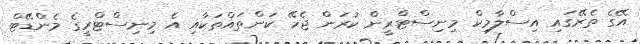
އޭގެ ތެރޭގައި އިސްލާމިކް މިނިސްޓްރީން ކުރަން ޖެހޭ ކަންތައްތަކާއި އެ މިނިސްޓްރީގެ މެންޑޭޓް